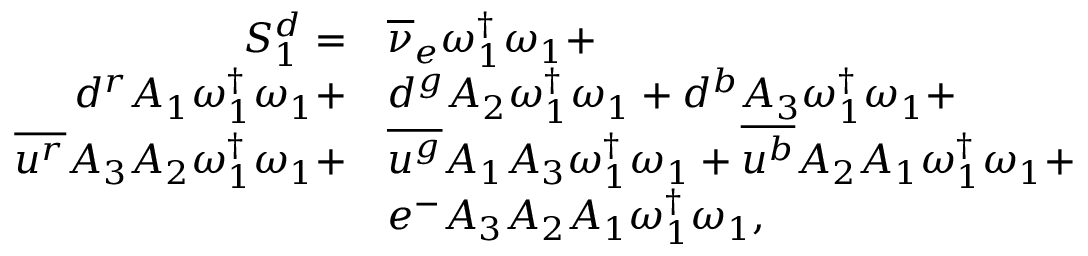
\begin{array} { r l } { S _ { 1 } ^ { d } = } & { { \overline { { \nu } } _ { e } } \omega _ { 1 } ^ { \dagger } \omega _ { 1 } + } \\ { { d } ^ { r } { A _ { 1 } } \omega _ { 1 } ^ { \dagger } \omega _ { 1 } + } & { { d } ^ { g } { A _ { 2 } } \omega _ { 1 } ^ { \dagger } \omega _ { 1 } + { d } ^ { b } { A _ { 3 } } \omega _ { 1 } ^ { \dagger } \omega _ { 1 } + } \\ { \overline { { u ^ { r } } } { A _ { 3 } } { A _ { 2 } } \omega _ { 1 } ^ { \dagger } \omega _ { 1 } + } & { \overline { { u ^ { g } } } { A _ { 1 } } { A _ { 3 } } \omega _ { 1 } ^ { \dagger } \omega _ { 1 } + \overline { { u ^ { b } } } { A _ { 2 } } { A _ { 1 } } \omega _ { 1 } ^ { \dagger } \omega _ { 1 } + } \\ & { e ^ { - } { A _ { 3 } } { A _ { 2 } } { A _ { 1 } } \omega _ { 1 } ^ { \dagger } \omega _ { 1 } , } \end{array}